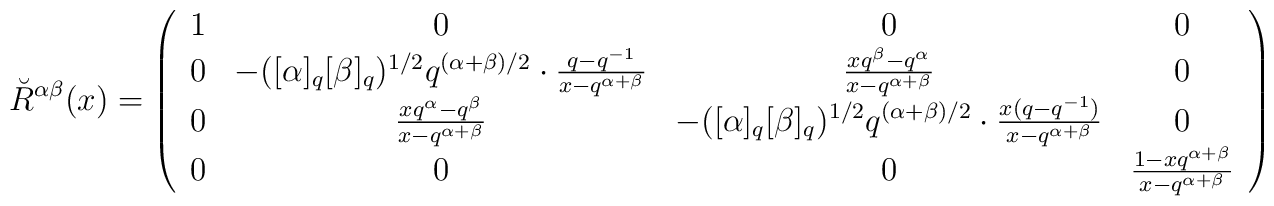
\breve{R}^{\alpha\beta}(x)=\left (\begin{array}{cccc}1 & 0 & 0 & 0\\0 & -([\alpha]_q[\beta]_q)^{1/2}q^{(\alpha+\beta)/2}\cdot \frac{q-q^{-1}} {x-q^{\alpha+\beta}} & \frac{xq^\beta-q^\alpha}{x-q^{\alpha+\beta}} & 0\\0 & \frac{xq^\alpha-q^\beta}{x-q^{\alpha+\beta}} & -([\alpha]_q[\beta]_q)^{1/2}q^{(\alpha+\beta)/2}\cdot \frac{x(q-q^{-1})} {x-q^{\alpha+\beta}} & 0\\0 & 0 & 0 & \frac{1-xq^{\alpha+\beta}}  {x-q^{\alpha+\beta}}\end{array}\right )